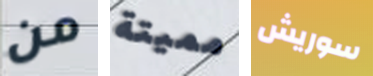
من مميتة سوريش